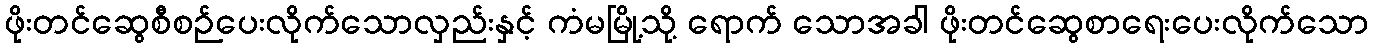
ဖိုးတင်ဆွေစီစဉ်ပေးလိုက်သောလှည်းနှင့် ကံမမြို့သို့ ရောက် သောအခါ ဖိုးတင်ဆွေစာရေးပေးလိုက်သော